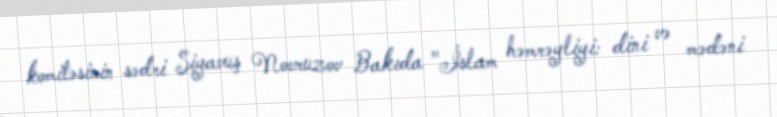
komitəsinin sədri Siyavuş Novruzov Bakıda "İslam həmrəyliyi: dini və mədəni